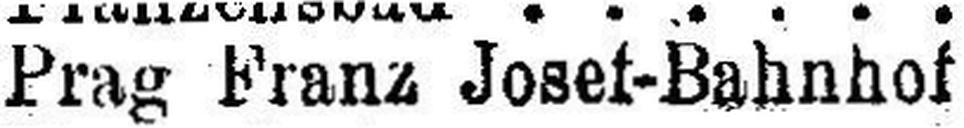
Prag Franz Josef-Bahnhof